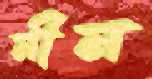
নীন